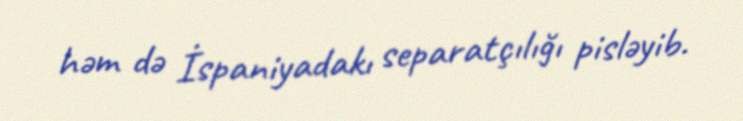
həm də İspaniyadakı separatçılığı pisləyib.